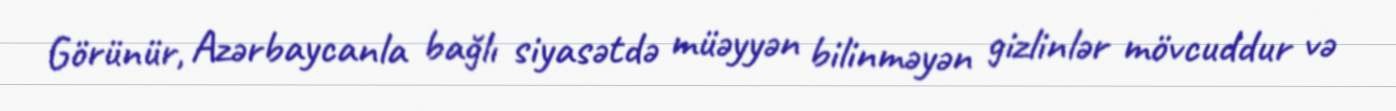
Görünür, Azərbaycanla bağlı siyasətdə müəyyən bilinməyən gizlinlər mövcuddur və